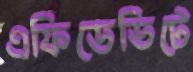
এফিডেভিটে